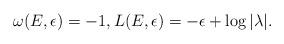
LaTeX: \begin{align*}\omega(E,\epsilon)=-1, L(E,\epsilon) = -\epsilon+ \log |\lambda|.\end{align*}